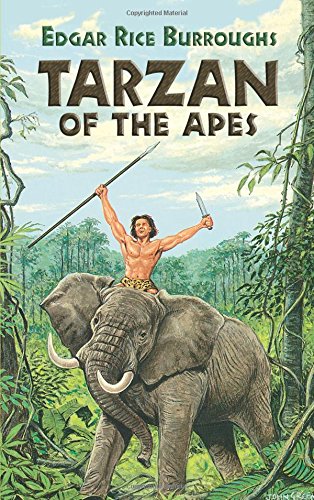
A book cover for Tarzan of the Apes (Dover Thrift); Edgar Rice Burroughs; Literature & Fiction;